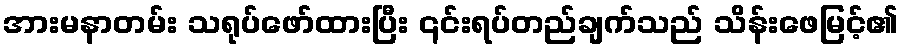
အားမနာတမ်း သရုပ်ဖော်ထားပြီး ၎င်းရပ်တည်ချက်သည် သိန်းဖေမြင့်၏